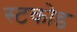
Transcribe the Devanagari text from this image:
स्टकोड